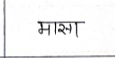
मजकूर: मासा